Enquiry on enteric fever in India - Number 32
Disease focus: Fever
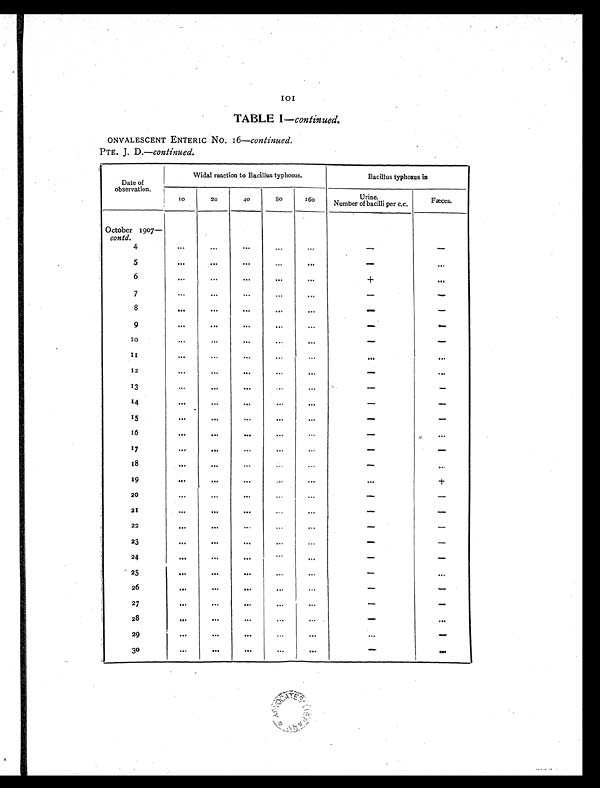
101
TABLE I— continued.
CNVALESCENT ENTERIC No. 16—continued.
PTE. J. D.—continued.
D ate of
observation.
Widal reaction to Bacillus typhosus.
Bacillus typhosus in
10
20
40
8 0 160
Urine.
Number of bacilli per c.c.
Fæces.
October 1907—
contd.
4
. . .
. . .
. . .
. . .
. . .
-
-
5
. . .
...
. . .
...
. . .
-
. . .
6
... ...
...
. . .
...
+
. . .
7
. . .
...
...
...
...
-
-
8
. . .
...
. . .
. . .
...
-
-
9
. . .
. . .
. . .
. . .
. . .
-
-
1 0
. . .
. . . ...
. . .
. . .
-
-
1 1
. . .
. . .
. . .
. . .
. . .
. . .
. . .
12
. . .
. . .
. . .
. . .
...
-
. . .
13
...
. . .
. . .
. . .
. . . -
-
14
. . .
. . .
. . .
...
. . .
-
-
1 5
. . .
. . .
. . .
...
. . .
-
-
16
. . .
. . .
. . .
...
. . .
-
. . .
17
. . .
. . .
. . .
. . .
...
-
-
18
. . .
. . .
. . .
. . .
. . .
-
. . .
1 9
. . .
. . .
. . .
. . .
. . .
. . .
+
20
...
...
. . .
. . .
...
-
-
21
. . .
. . .
. . .
. . .
. . .
-
-
22
. . .
. . .
...
. . .
. . .
-
-
2 3
. . .
. . .
. . .
. . .
. . .
-
-
24
. . .
. . .
. . .
. . .
. . .
-
-
25
...
. . .
. . .
...
. . .
-
. . .
26
. . . . . .
. . .
...
. . .
-
-
27
. . . . . .
. . .
...
. . .
-
-
28
. . . . . .
...
. . .
. . .
-
. . .
29
. . .
. . .
. . .
. . .
. . .
. . .
-
30
. . . . . .
. . .
. . .
. . .
-
. . .